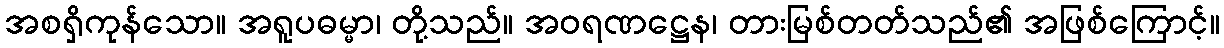
အစရှိကုန်သော။ အရူပဓမ္မာ၊ တို့သည်။ အဝရဏဋ္ဌေန၊ တားမြစ်တတ်သည်၏ အဖြစ်ကြောင့်။